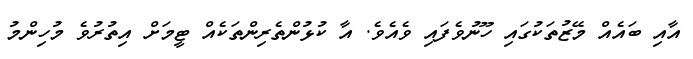
އާއި ބައެއް މޭޒުތަކުގައި ހޫނުވެފައި ވެއެވެ. އާ ކުޅުންތެރިންތަކެއް ޓީމަށް އިތުރުވެ މުހިންމު